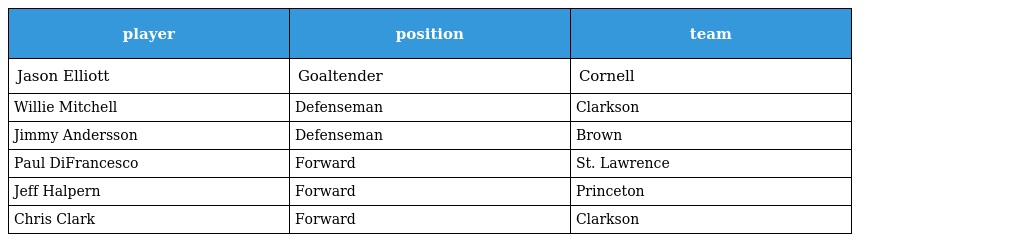
| player | position | team |
 | --- | --- | --- |
 | Jason Elliott | Goaltender | Cornell |
 | Willie Mitchell | Defenseman | Clarkson |
 | Jimmy Andersson | Defenseman | Brown |
 | Paul DiFrancesco | Forward | St. Lawrence |
 | Jeff Halpern | Forward | Princeton |
 | Chris Clark | Forward | Clarkson |